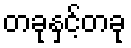
တခုနှင့်တခု